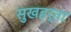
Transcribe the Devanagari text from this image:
सुखहर्ता